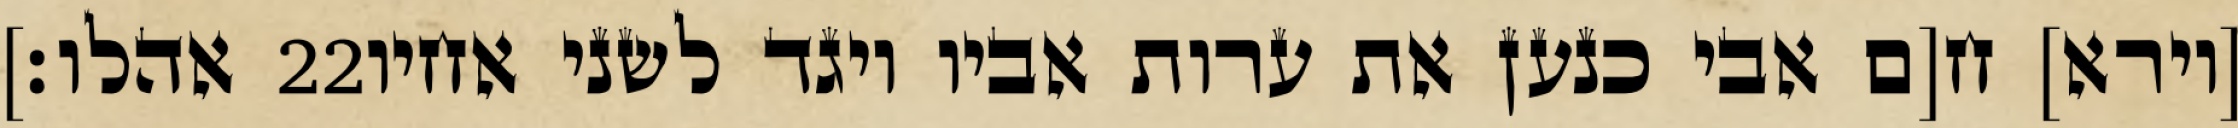
אהלו׃] ‎22‏ [וירא] ח[ם אבי כנען את ערות אביו ויגד לשני אחיו